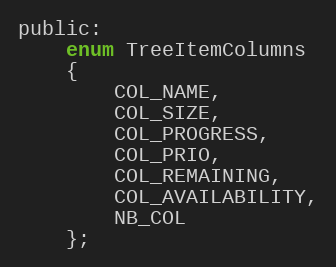
Language: C
public:
    enum TreeItemColumns
    {
        COL_NAME,
        COL_SIZE,
        COL_PROGRESS,
        COL_PRIO,
        COL_REMAINING,
        COL_AVAILABILITY,
        NB_COL
    };